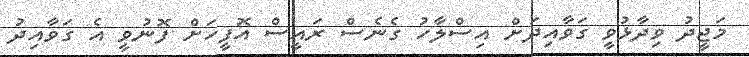
މަޖީދު ވިދާޅުވީ ގަވާއިދަށް އިސްލާހު ގެނެސް ރައީސް އޮފީހަށް ފޮނުވީ އެ ގަވާއިދު